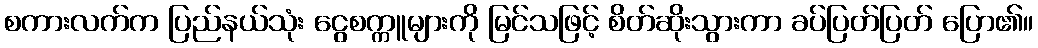
စကားလက်က ပြည်နယ်သုံး ငွေစက္ကူများကို မြင်သဖြင့် စိတ်ဆိုးသွားကာ ခပ်ပြတ်ပြတ် ပြော၏။